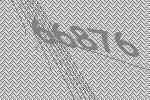
66876